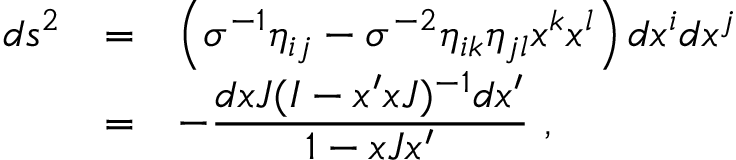
\begin{array} { r c l } { { d s ^ { 2 } } } & { { = } } & { { \left( \sigma ^ { - 1 } \eta _ { i j } - \sigma ^ { - 2 } \eta _ { i k } \eta _ { j l } x ^ { k } x ^ { l } \right) d x ^ { i } d x ^ { j } } } \\ { { } } & { { = } } & { { - \displaystyle \frac { d x J ( I - x ^ { \prime } x J ) ^ { - 1 } d x ^ { \prime } } { 1 - x J x ^ { \prime } } ~ , } } \end{array}